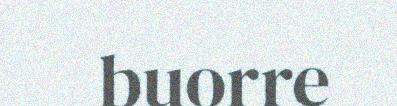
buorre